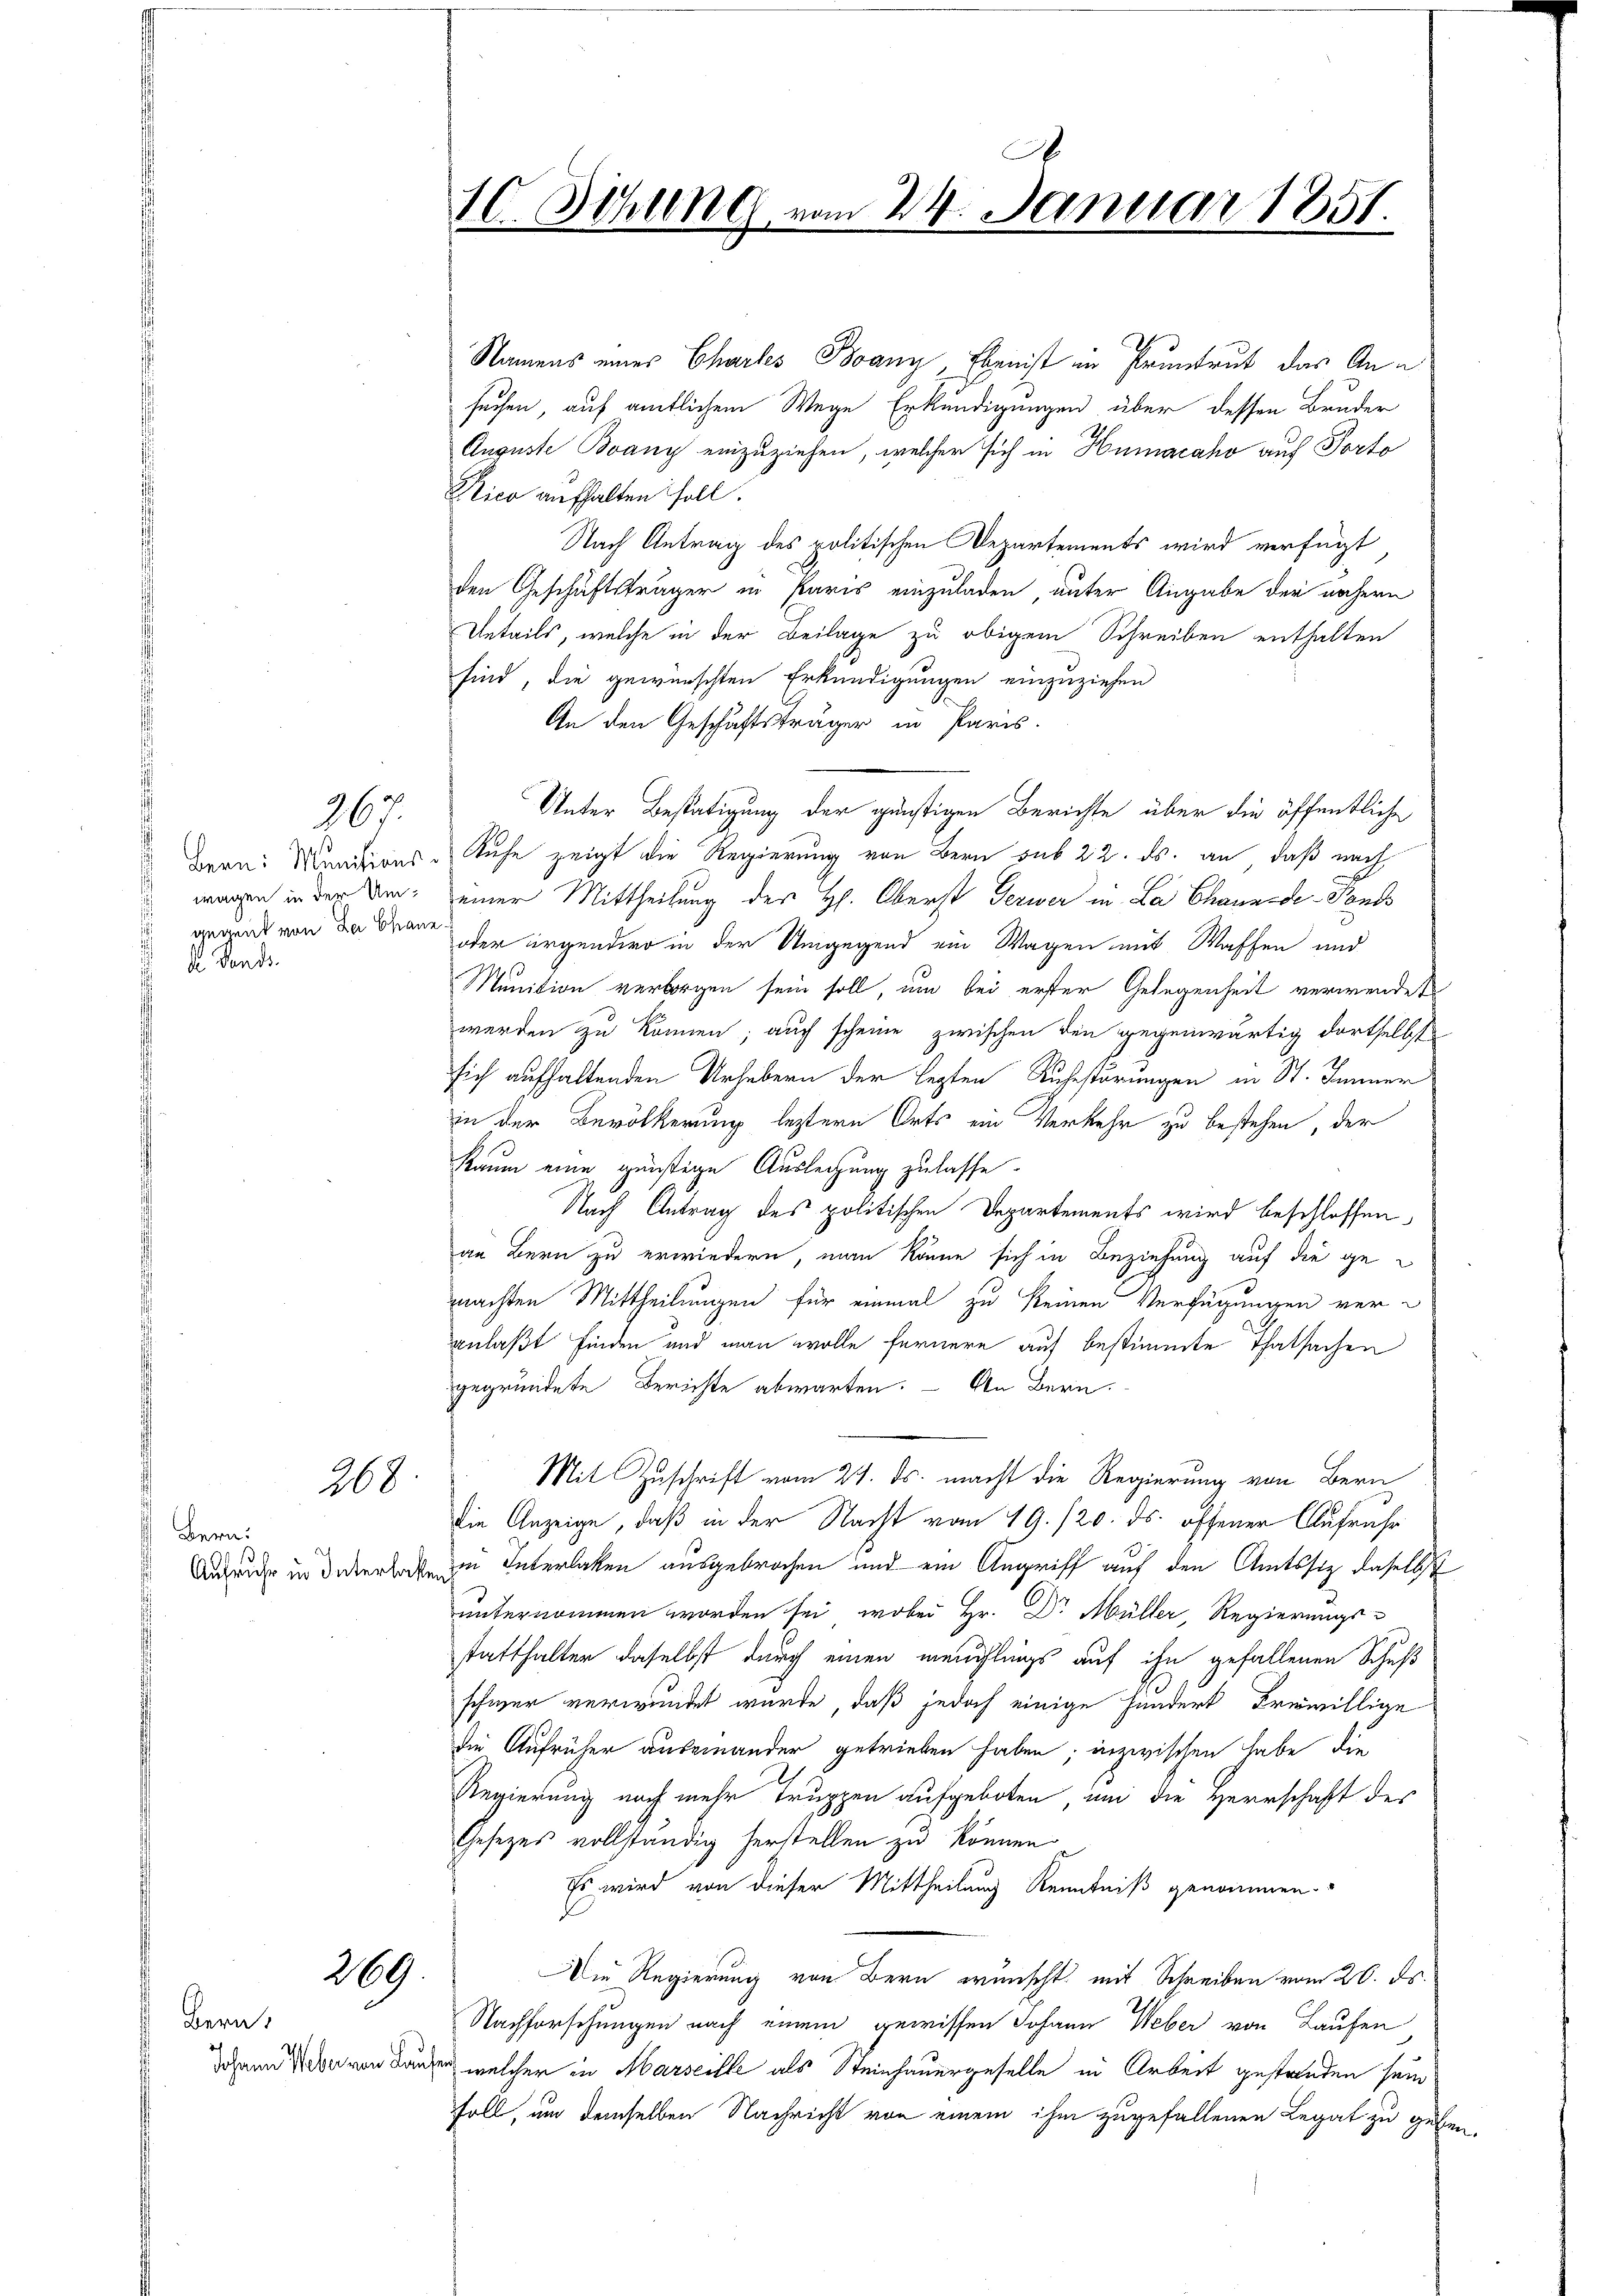
Bern: Munitions-
wagen in der Umgegent von de Chaue
k. Fonds.

267

267.

Bern:
Aufruhe in Interhaf

269.

Bern,
Johann Weber von Lauf

.
10. Sitzung vom 24. Januar 1851.

Namens eines Chartes Boany, Eben ist in Pruntrut das Ansuchen, auf amtlichem Wege Erkundigungen über dessen Bruder
Auguste Boany einzuziehen, welcher sich in Humacaho auf Porto
Rico aufhalten soll.
Nach Antrag des politischen Departements wird verfügt
den Geschäftsträger in Paris einzuladen unter Angabe der nähern
Uetails, welche in der Beilage zu obigem Schreiben enthalten
sind, die gewünschten Erkundigungen einzuziehen
An den Geschäftsträger in Paris.
Unter Bestätigung der günstigen Berichte über die öffentliche
Rufe zeigt die Regierung von Bern sub 22. ds. an, daß nach
einer Mittheilung der H. Oberst Gerwer in La Chaunede-Fonds
oder irgendero in der Umgegend ein Wagen mit Waffen und
Munition verborgen sein soll, um bei erster Gelegenheit verwendet
werden zu können; auch scheine zwischen den gegenwärtig dortselbst
sich aufhaltenden Urhebern der legten Ruhestörungen in St. Jenner
in der Bevölkerung leztern Orts ein Verkehr zu bestehen, der
Raum eine günstige Auslegung zulasse.
Nach Antrag des politischen Departements wird beschlossen,
an Bern zu erwiedern, man könne sich in Beziehung auf die gemachten Mittheilungen für einmal zu keinen Verfügungen veranlaßt finden und man wolle fernere auf bestimmte Thatsachen
gegründete Berichte abwarten. – An Bern.
Mit Zuschrift vom 21. ds. macht die Regierung von Bern
die Anzeige, daß in der Nacht vom 19. /20. ds. offener Aufrahe
in Interlaken ausgebrochen und ein Angriff auf den Amtssitz daselbst
unternommen worden sei, wobei Hr. Dr. Müller, Regierungs-
statthalter daselbst durch einen meuchlings auf ihn gefallenen Schuß
schwer verwundet wurde, daß jedoch einige hundert Freiwillige
die Aufrüher auseinander getrieben haben; inzwischen habe die
Regierung noch mehr Truppen aufgeboten, um die Herrschaft des
Gesezes vollständig herstellen zu können
Es wird von dieser Mittheilung Kenntniß genommen.
Die Regierung von Bern wünscht mit Schreiben vom 20. ds.
Nachforschungen nach einem gewissen Johann Weber von Laufen
er welcher in Marseille als Steinhauergeselle in Arbeit gestanden sein
soll, um demselben Nachricht von einem ihm zugefallenen Legat zu geb.